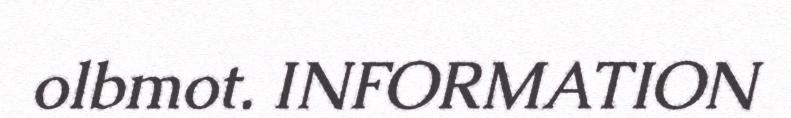
olbmot. INFORMATION